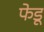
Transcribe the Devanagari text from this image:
फेडू